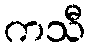
ကသီ